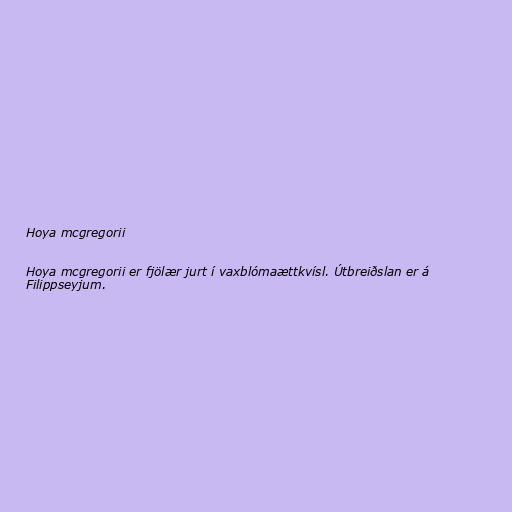
Hoya mcgregorii

Hoya mcgregorii er fjölær jurt í vaxblómaættkvísl. Útbreiðslan er á
Filippseyjum.